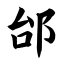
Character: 邰